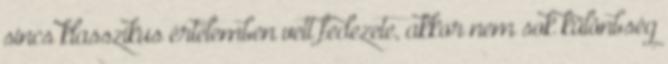
sincs klasszikus értelemben vett fedezete, akkor nem sok különbség